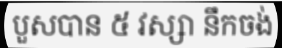
បួសបាន ៥ វស្សា នឹកចង់